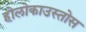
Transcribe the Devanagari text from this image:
होलोकाउस्तोस